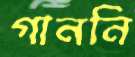
গাননি